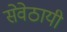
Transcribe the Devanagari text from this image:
सेवेठायी